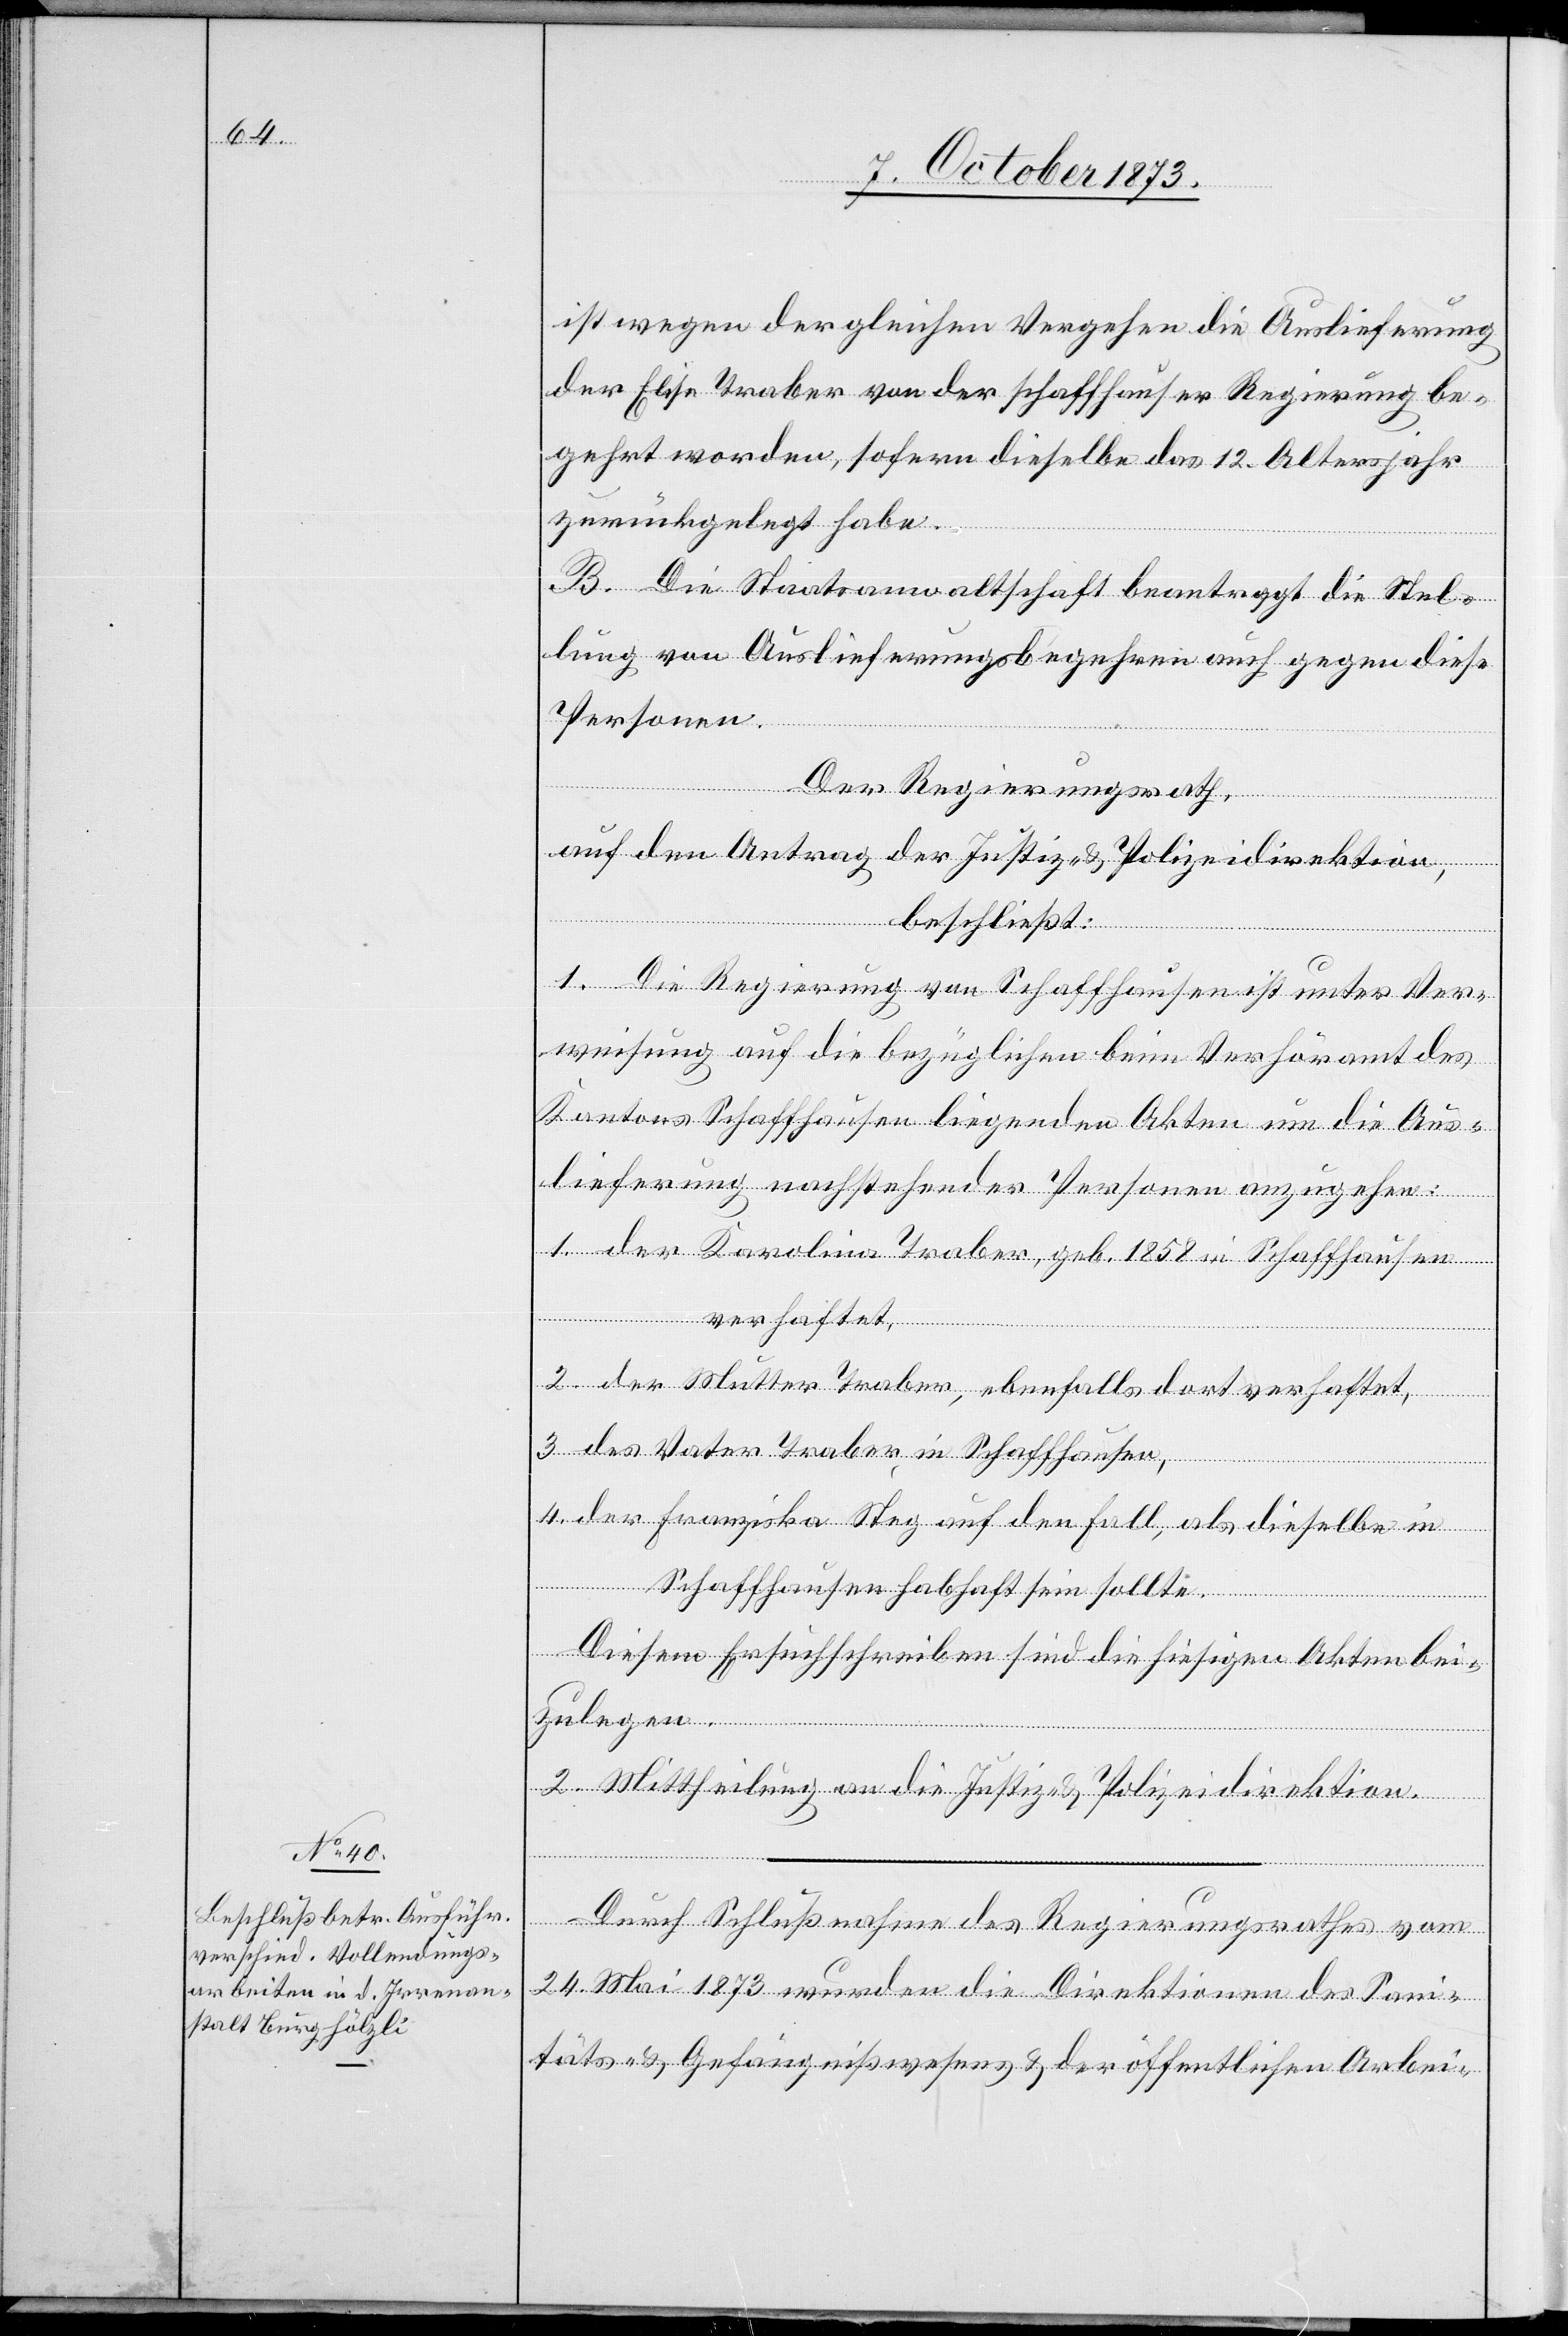
ist wegen der gleichen Vergehen die Auslieferung
der Elise Traber von der schaffhauser Regierung be¬
gehrt worden, sofern dieselbe das 12. Altersjahr
zurückgelegt habe.
B. Die Staatsanwaltschaft beantragt die Stel¬
lung von Auslieferungsbegehren auch gegen diese
Personen.
Der Regierungsrath,
auf den Antrag der Justiz- & Polizeidirektion,
beschließt:
1. Die Regierung von Schaffhausen ist unter Ver¬
weisung auf die bezüglichen beim Verhöramt des
Kantons Schaffhausen liegenden Akten um die Aus¬
lieferung nachstehender Personen anzugehen:
1. der Karolina Traber, geb. 1858 in Schaffhausen
2. der Mutter Traber, ebenfalls dort verhaftet,
3. des Vater Traber, in Schaffhausen,
4. Der Franziska Steg [sic!] auf den Fall, als dieselbe in
Schaffhausen habhaft sein sollte.
Diesem Ersuchschreiben sind die hiesigen Akten bei¬
zulegen.
2. Mittheilung an die Justiz- & Polizeidirektion.
Durch Schlußnahme des Regierungsrathes vom
24. Mai 1873 wurden die Direktionen des Sani¬
täts- & Gefängnißwesens & der öffentlichen Arbei-